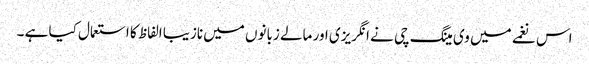
اس نغمے میں وی مینگ چی نے انگریزی اور مالے زبانوں میں نازیبا الفاظ کا استعمال کیا ہے ۔